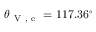
\theta _ { \mathrm { ~ V ~ , ~ e ~ } } = 1 1 7 . 3 6 ^ { \circ }